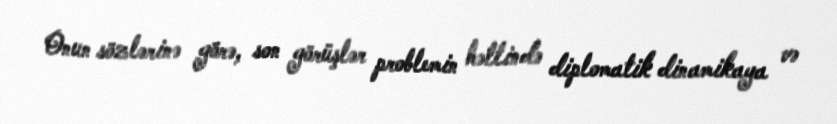
Onun sözlərinə görə, son görüşlər problemin həllində diplomatik dinamikaya və